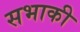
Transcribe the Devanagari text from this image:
सभाकी